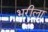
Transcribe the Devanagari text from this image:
भरीला